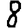
Digit: 8